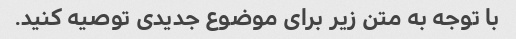
با توجه به متن زیر برای موضوع جدیدی توصیه کنید.